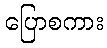
ပြောစကား